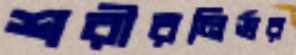
শরীরনির্ভর